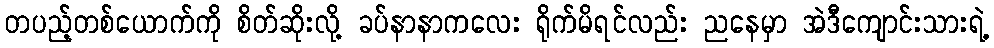
တပည့်တစ်ယောက်ကို စိတ်ဆိုးလို့ ခပ်နာနာကလေး ရိုက်မိရင်လည်း ညနေမှာ အဲဒီကျောင်းသားရဲ့